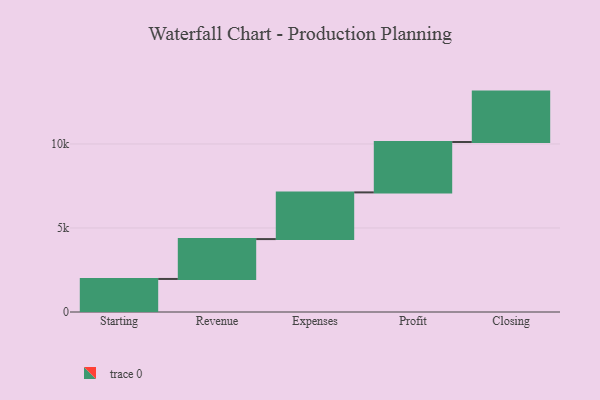
{"axis": {"x": "Step", "y": "Value"}, "legend": [""], "data": [{"x": "Starting", "y": 1967.0, "type": ""}, {"x": "Revenue", "y": 2374.0, "type": ""}, {"x": "Expenses", "y": 2779.0, "type": ""}, {"x": "Profit", "y": 3000, "type": ""}, {"x": "Closing", "y": 3000, "type": ""}]}